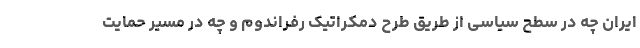
ایران چه در سطح سیاسی از طریق طرح دمکراتیک رفراندوم و چه در مسیر حمایت